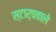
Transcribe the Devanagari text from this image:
स्टार्चवाले